Tezpur Lunatic Asylum reports 1877-1894 - 1877-1894
Year: 1877
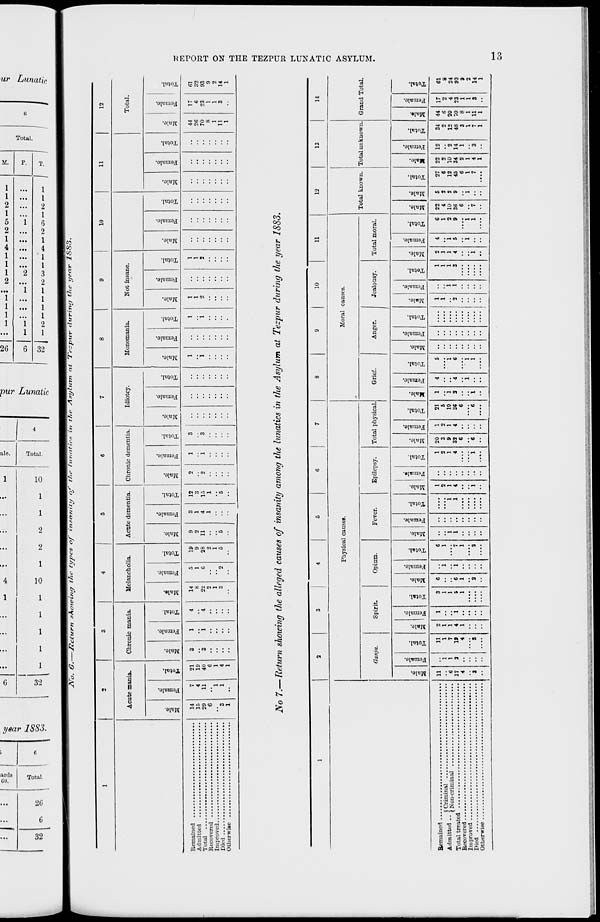
c: B
a,
►3
o
&
Co
Co
Co
to
>—'
i—'
i—i
o
*-*
IC
E.
o
p
A.
T3
to
C2
:
MMMM!
MMMHl^HlOCJIh'lOl-'l-
«
o
p
/
a
S
Lunatic
o
^"* '" — •
•
•
r - •
CO • • • • m
*—* •
■
■
•
.^
toj MtCt-MMWbCiWMMAHWOSMMMM 1 •^ l
J
JVo. O.
ZxCCtirn shotciny the types of insanity q/~ the turtatie.s in the Asylum nl Te-pur during l7ie yenr 1SS3.
1
2
3
4
5
6
7
• 1 9
10
11
12
Acute mania.
Chronic mania.
Melancholia.
Acute dementia.
Chronic dementia.
Idiotcy.
Monomania.
Not insane.
Total.
o
"3
a
3
a
I
3
o
o
3
a
"3
1
"2
0
"3
3
a 3
0
d
"3
a
0
3
a m
3
0
H
3
a
3
a 3
0
0
3
d
"a
a 3
0
1
3
a s
fa
3
0
"3
a
<5
"3
a "a .2*
H
a
d
"3
a "3
0
H
3
a
0
"3
a 3
0
6
3
a J 0
EH
14
15
29
6
3
1
7
4
11
"l
1
21
19
40
6
1
4
1
3
'3
1
i
4
4
14
8
22
2
1
3
5
1
c
"2
19
9
28
1
5
9
2
11
6
3
1
4
1
12
3
15
1
5
2
2
1
3
3
1
i
1
i
1
1
2
1
1
2
•
•'
44
26
70
8
1
11
1
17
6
23
1
1
3
61
32
93
9
2
14
1
•
•
•
jVo 7.— Return showing the alleged causes of insanity among the lunatics in the Asylum at Tezpur during the year 1883.
1
2
3
4
5
6
7
8
9
10
11
12
13
14
Physical causes.
Moral causes.
Total known. Total unknown.
Ganja.
Spirit.
Opium.
Fever.
Epilepsy.
Total physical.
Grief.
Anger.
Jealousy.
Total moral.
Grand Total.
o
3
|
3
o
H
d
"3
a
.2
"5
a s
Em
"3
o
ID
3
a
c3
"3
a
to
"3
o
EH
d
3
a
d
3
i 3
o
3
a
3
3
o
H
a
c5
3
a
"3
O
H
©
3
d
3
a
3
o
d
3
a
3
a
3
o
3
a
Remained
»j -it j
! Criminal
Admitted.. ( Non . criminal
Total treated
Eecovered
,
Improved
Died
Otherwise
11
11
1
7
18
4
21
5
10
36
6
o
EH
o
o
H
a
22
4
10
36
E
27
C
12
45
6
1
7
22
o
10
34
2
1
4
1
34
2
12
48
3
1
7
1
17
2
4
23
1
1
3
o
EH
61
8
24
93
9
2
14
1
O
1-3
O
3
ES3
a
to
>
o
s>
GG
a
Co
r J£-